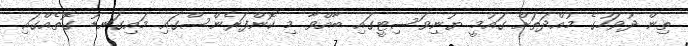
ތިން ދުވަހުގެ މުއްދަތަށް ގައުމީ ޔުނިވަސިޓީގައި ބާއްވާ މި ކޮންފަރެންސްގައި މައިގަނޑު ގޮތެއްގައި